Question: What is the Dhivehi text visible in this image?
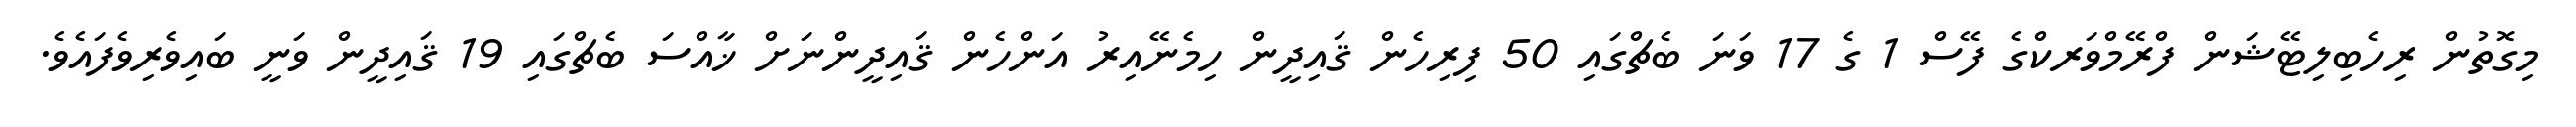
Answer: މިގޮތުން ރިހެބިލިޓޭޝަން ފްރޭމްވަރކްގެ ފޭސް 1 ގެ 17 ވަނަ ބެޗްގައި 50 ފިރިހެން ޤައިދީން ހިމެނޭއިރު އަންހެން ޤައިދީންނަށް ޚާއްސަ ބެޗްގައި 19 ޤައިދީން ވަނީ ބައިވެރިވެފައެވެ.